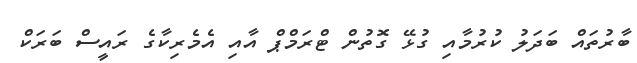
ބާރުތައް ބަދަލު ކުރުމާއި ގުޅޭ ގޮތުން ޓްރަމްޕް އާއި އެމެރިކާގެ ރައީސް ބަރަކް